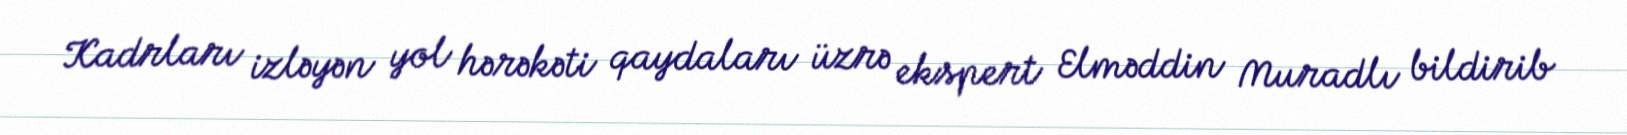
Kadrları izləyən yol hərəkəti qaydaları üzrə ekspert Elməddin Muradlı bildirib